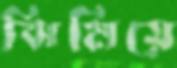
ঝিমিয়ে